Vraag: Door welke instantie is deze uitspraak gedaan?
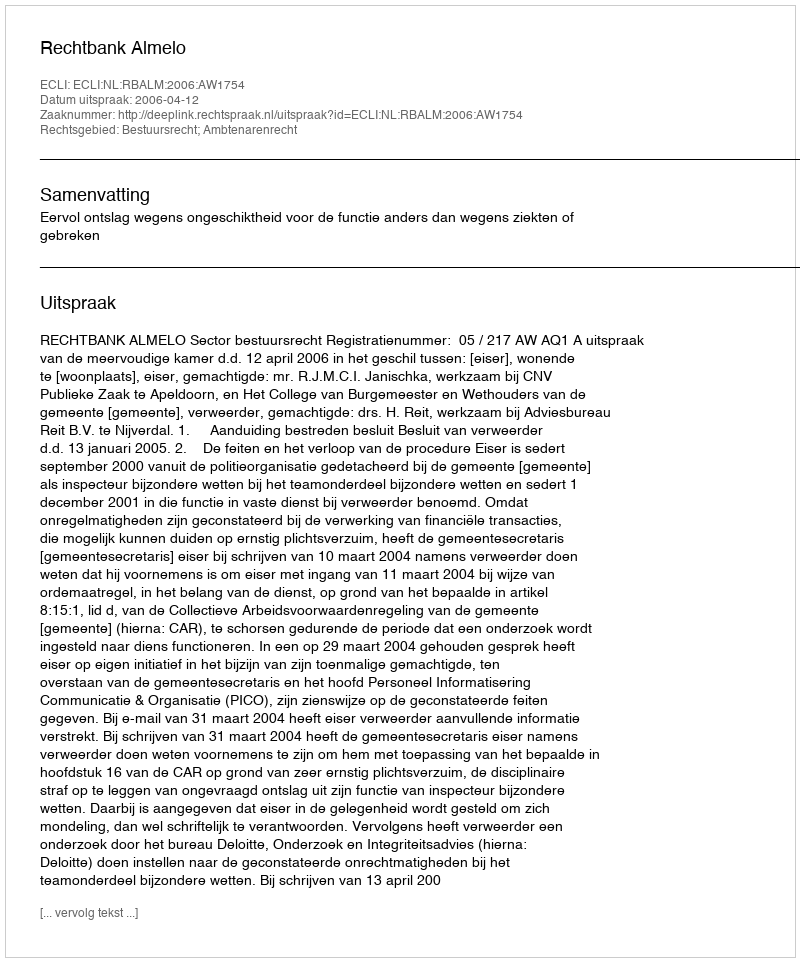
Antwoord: Rechtbank Almelo